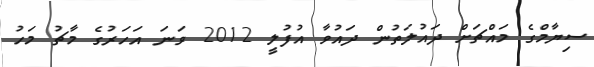
ސިޔާމްގެ މައްޗަށް ދައުލަތުން ދައުވާ އުފުލީ 2012 ވަނަ އަހަރުގެ މާޗު މަހު